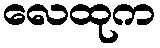
လေထုက